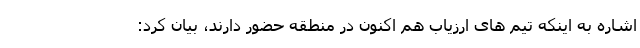
اشاره به اینکه تیم های ارزیاب هم اکنون در منطقه حضور دارند، بیان کرد: